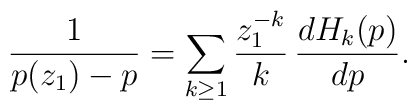
\frac{1}{p(z_1)-p}=\sum_{k\geq 1} \frac{z_{1}^{-k}}{k}\,\frac{d H_k (p)}{d p}.